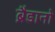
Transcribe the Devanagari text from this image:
ब्रैडानो